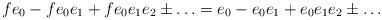
LaTeX: \begin{align*} f e_0 - f e_0 e_1 + f e_0 e_1 e_2 \pm \ldots = e_0 - e_0 e_1 + e_0 e_1 e_2 \pm \ldots\end{align*}